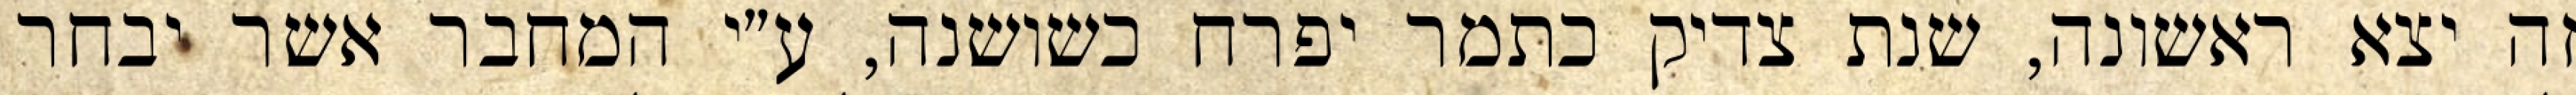
זה יצא ראשונה, שנת צדיק כתמר יפרח כשושנה, ע״י המחבר אשר יבחר